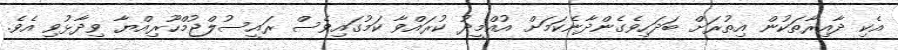
އެކި ދާއިރާތަކުން އިތުރަށް ބަދަހިވެގެންދާނެކަމަށް އުއްމީދު ކުރައްވާ ކަމުގައިވެސް ރައީސުލްޖުމްހޫރިއްޔާ ވިދާޅުވި އެވެ.